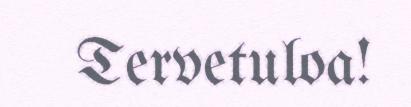
Tervetuloa!